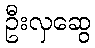
ဦးလှဆွေ